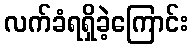
လက်ခံရရှိခဲ့ကြောင်း